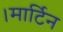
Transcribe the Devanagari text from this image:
।मार्टिन